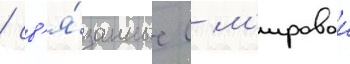
/ св'я́занные с м'ировои